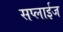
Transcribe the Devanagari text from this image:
सप्लाईज